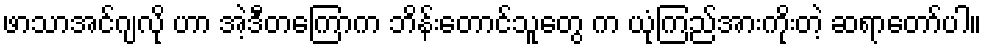
ဖာသာအင်ဂျလို ဟာ အဲ့ဒီတကြောက ဘိန်းတောင်သူတွေ က ယုံကြည်အားကိုးတဲ့ ဆရာတော်ပါ။